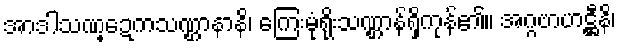
အာဒါသဏ္ဍေကသဏ္ဌာနာနိ၊ ကြေးမုံရိုးသဏ္ဌာန်ရှိကုန်၏။ အဂ္ဂဗာဟဋ္ဌီနိ၊